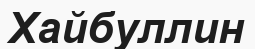
Хайбуллин